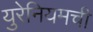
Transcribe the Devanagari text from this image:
युरेनियमची